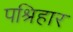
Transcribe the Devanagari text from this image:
पश्रिहार